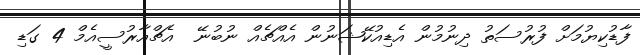
ފާޑުކިޔުމަށް ފުރުސަތު ދިނުމުން އެޑިއުކޭޝަނުން އެއްޗެއް ނުބުނޭ  އެޗްއާރުސީއެމް 4 ގަޑި